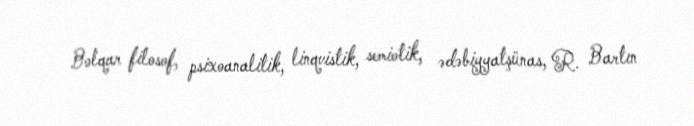
Bolqar filosof, psixoanalitik, linqvistik, semiotik, ədəbiyyatşünas, R. Bartın